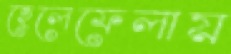
হেলেফেলায়